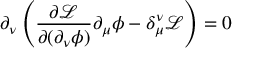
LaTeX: \partial _ { \nu } \left( { \frac { \partial { \mathcal { L } } } { \partial ( \partial _ { \nu } \phi ) } } \partial _ { \mu } \phi - \delta _ { \mu } ^ { \nu } { \mathcal { L } } \right) = 0